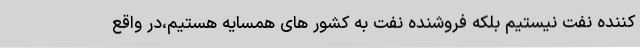
کننده نفت نیستیم بلکه فروشنده نفت به کشور های همسایه هستیم،در واقع